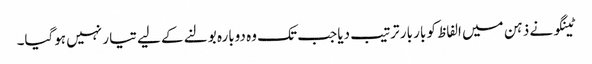
ٹینگو نے ذہن میں الفاظ کو بار بار ترتیب دیا جب تک وہ دوبارہ بولنے کے لیے تیا ر نہیں ہوگیا۔